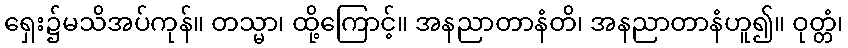
ရှေး၌မသိအပ်ကုန်။ တသ္မာ၊ ထို့ကြောင့်။ အနညာတာနံတိ၊ အနညာတာနံဟူ၍။ ဝုတ္တံ၊